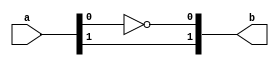
module not_masked #(parameter low_latency=1, parameter security_order=1, parameter pipeline=1) (a, b);

input [security_order:0] a;
output [security_order:0] b;

assign b[0] = ~a[0];
assign b[security_order:1] = a[security_order:1];

endmodule